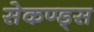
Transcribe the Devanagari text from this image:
सेकण्ड्स